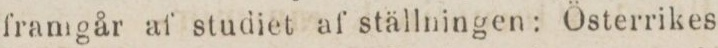
framgår af studiet af ställningen: Österrikes